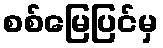
စစ်မြေပြင်မှ